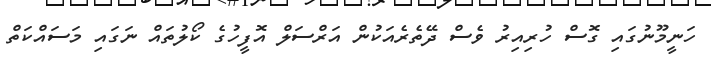
ހަނީމޫނުގައި ގޮސް ހުރިއިރު ވެސް ދޭތެރެއަކުން އަރްސަލް އޮފީހުގެ ކޯލުތައް ނަގައި މަސައްކަތް